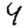
Digit: 4